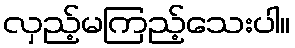
လှည့်မကြည့်သေးပါ။